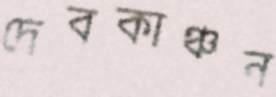
দেবকাঞ্চন